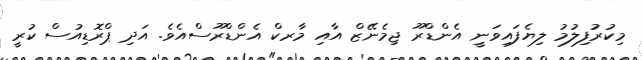
މިކުރުފިލުމު ލިޔެފައިވަނީ އެންޑްރޫ ޖިމެނޭޒް އާއި މާރކް އެންޑްރޫސްއެވެ. އަދި ޕްރޮޑިއުސް ކުރީ